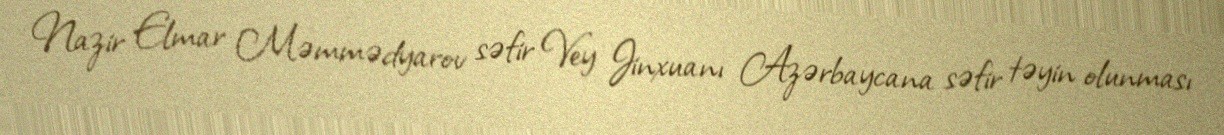
Nazir Elmar Məmmədyarov səfir Vey Jinxuanı Azərbaycana səfir təyin olunması